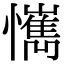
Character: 𢤮